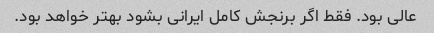
عالی بود. فقط اگر برنجش کامل ایرانی بشود بهتر خواهد بود.